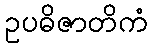
ဥပဓိဇာတိကံ